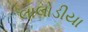
લાલોડીયા